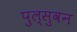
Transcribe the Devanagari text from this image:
पुल्सुवन